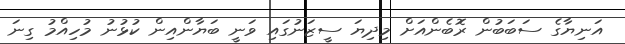
އަނިޔާގެ ސަބަބުން ރޮބެންއަށް މިދިޔަ ސީޒަނުގައި ވަނީ ބަޔާންއިން ކުޅުނު މުހިއްމު ގިނަ